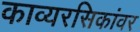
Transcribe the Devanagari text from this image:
काव्यरसिकांवर